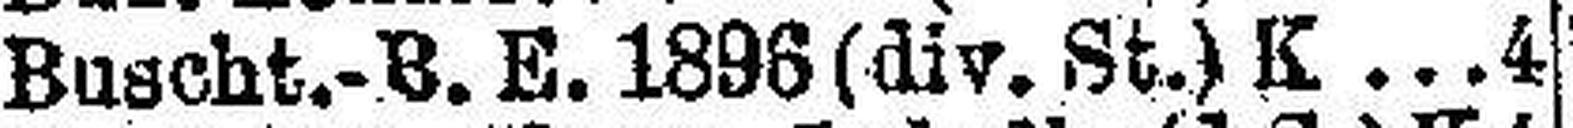
Buscht.-B. E. 1896 (div. St.) K 4